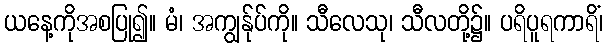
ယနေ့ကိုအစပြု၍။ မံ၊ အကျွန်ုပ်ကို။ သီလေသု၊ သီလတို့၌။ ပရိပူရကာရိံ၊